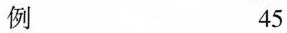
例 45